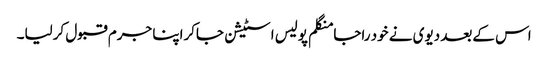
اس کےبعد دیوی نے خود راجا منگلم پولیس اسٹیشن جاکراپنا جرم قبول کرلیا۔